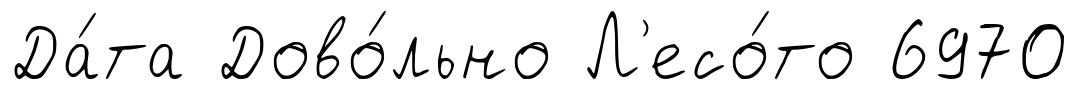
Да́та Дово́льно Л'есо́то 6970